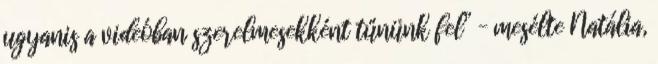
ugyanis a videóban szerelmesekként tűnünk fel” – mesélte Natália,